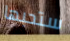
ستحبها